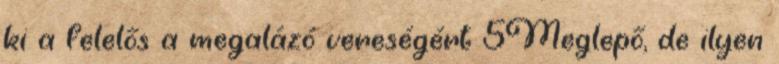
ki a felelős a megalázó vereségért 5Meglepő, de ilyen